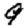
Digit: 9